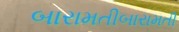
બારામતીબારામતી